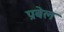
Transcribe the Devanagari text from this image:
प्रबेल